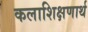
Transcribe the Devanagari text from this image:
कलाशिक्षणार्थ